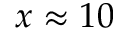
x \approx 1 0